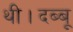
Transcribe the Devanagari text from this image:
थी।दब्बू